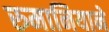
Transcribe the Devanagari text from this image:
रुमानियाने